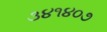
૩૪૧૪૦૭